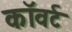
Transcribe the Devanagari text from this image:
कॉवर्ट